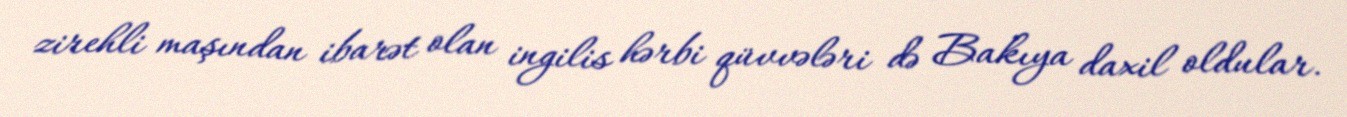
zirehli maşından ibarət olan ingilis hərbi qüvvələri də Bakıya daxil oldular.